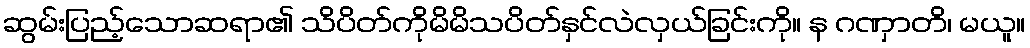
ဆွမ်းပြည့်သောဆရာ၏ သိပိတ်ကိုမိမိသပိတ်နှင်လဲလှယ်ခြင်းကို။ န ဂဏှာတိ၊ မယူ။